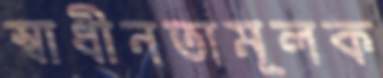
স্বাধীনতামূলক